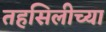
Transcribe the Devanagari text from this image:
तहसिलीच्या